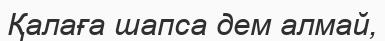
Қалаға шапса дем алмай,